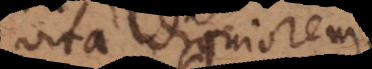
vita digniorem.